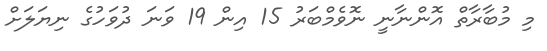
މި މުބާރާތް އޮންނާނީ ނޮވެމްބަރު 15 އިން 19 ވަނަ ދުވަހުގެ ނިޔަލަށް